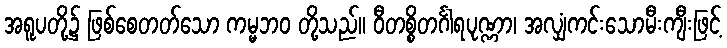
အရူပတို့၌ ဖြစ်စေတတ်သော ကမ္မဘဝ တို့သည်။ ဝီတစ္စိတင်္ဂါရပုဏ္ဏာ၊ အလျှံကင်းသောမီးကျီးဖြင့်